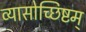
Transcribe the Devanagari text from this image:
व्यासोच्छिष्टम्